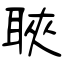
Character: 聗